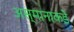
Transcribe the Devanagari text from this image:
अस्मानाकडे